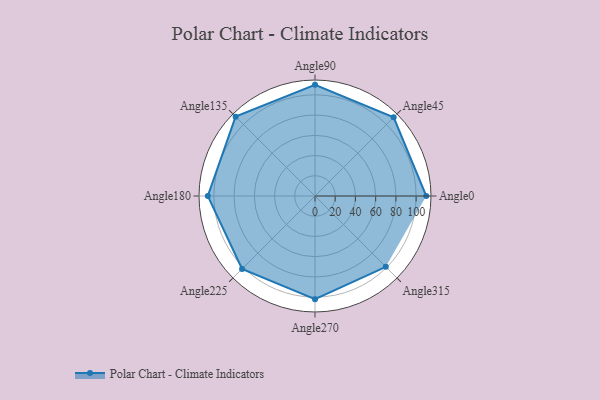
{"axis": {"x": "Angle", "y": "Radius"}, "legend": [""], "data": [{"x": "Angle0", "y": 110.0, "type": ""}, {"x": "Angle45", "y": 110.0, "type": ""}, {"x": "Angle90", "y": 110.0, "type": ""}, {"x": "Angle135", "y": 111.0, "type": ""}, {"x": "Angle180", "y": 106.0, "type": ""}, {"x": "Angle225", "y": 102.0, "type": ""}, {"x": "Angle270", "y": 102.0, "type": ""}, {"x": "Angle315", "y": 99.0, "type": ""}]}